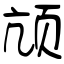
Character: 颃